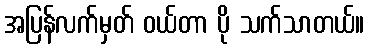
အပြန်လက်မှတ် ဝယ်တာ ပို သက်သာတယ်။